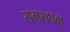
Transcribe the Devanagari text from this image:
रामराघवा